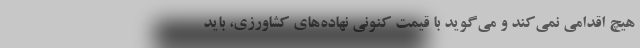
هیچ اقدامی نمی‌کند و می‌گوید با قیمت کنونی نهاده‌های کشاورزی، باید